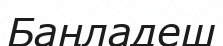
Баңладеш